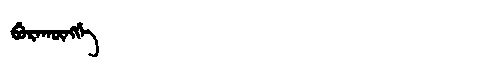
Manchu: ᠪᡠᡵᠠᡴᡡᠩᡤᡝ
Romanization: BURAKŪNGGE